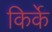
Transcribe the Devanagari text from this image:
किर्के